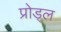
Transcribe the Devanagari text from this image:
प्रोड्ल